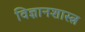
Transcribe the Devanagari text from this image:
विज्ञानशास्त्र